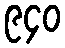
၉၄၀